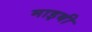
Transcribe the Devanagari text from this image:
माइबी